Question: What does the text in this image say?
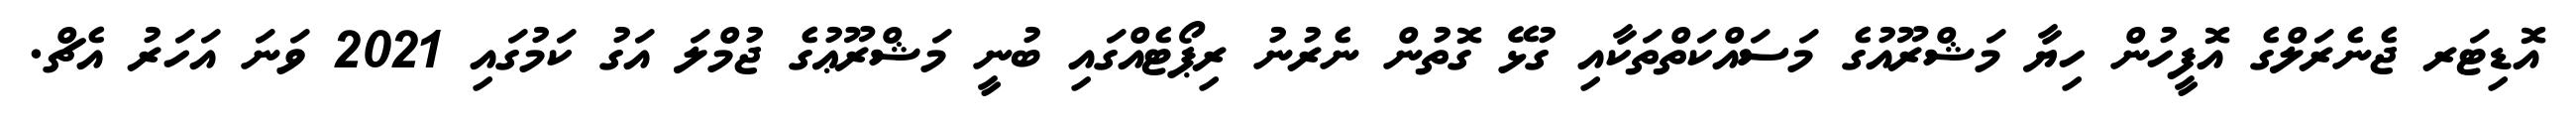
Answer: އޮޑިޓަރ ޖެނެރަލްގެ އޮފީހުން ހިޔާ މަޝްރޫއުގެ މަސައްކަތްތަކާއި ގުޅޭ ގޮތުން ނެރުނު ރިޕޯޓެއްގައި ބުނީ މަޝްރޫޢުގެ ޖުމްލަ އަގު ކަމުގައި 2021 ވަނަ އަހަރު އެޗް.